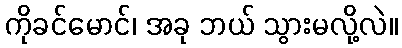
ကိုခင်မောင်၊ အခု ဘယ် သွားမလို့လဲ။